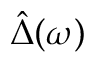
\hat { \Delta } ( \omega )